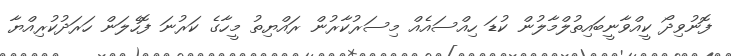
ފޮނުވިދޯ ކީއްވާނީބައިތުލްމާލުން ކުޑަ ހިއްސައެއް މިސަރުކާރުން ރައްޔިތު މީހާގެ ކަރުނަ ފޮހެލަން ހަރަދުކުރިއްޔާ